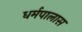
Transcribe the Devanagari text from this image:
धर्मपालास